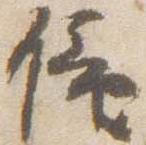
僮